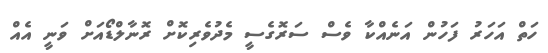
ހަތް އަހަރު ފަހުން އަނެއްކާ ވެސް ސަރޮގެސީ މެދުވެރިކޮށް ރޮނާލްޑޯއަށް ވަނީ އެއް